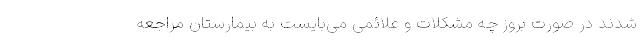
شدند در صورت بروز چه مشکلات و علائمی می‌بایست به بیمارستان مراجعه